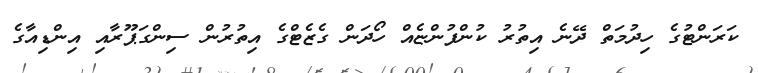
ކަރަންޓުގެ ހިދުމަތް ދޭނެ އިތުރު ކުންފުންޏެއް ހޯދަން ގެޒެޓްގެ އިތުރުން ސިންގަޕޫރާއި އިންޑިއާގެ